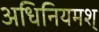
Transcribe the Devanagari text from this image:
अधिनियमश्